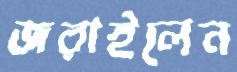
জরাইলেন